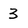
Character: 3